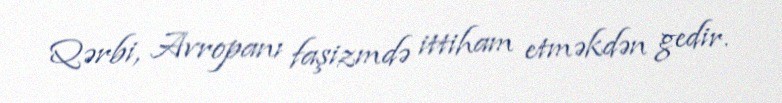
Qərbi, Avropanı faşizmdə ittiham etməkdən gedir.